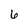
Character: 6